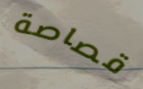
قصاصة